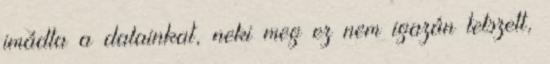
imádta a dalainkat, neki meg ez nem igazán tetszett,